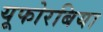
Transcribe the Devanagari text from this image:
यूफोरबिया